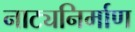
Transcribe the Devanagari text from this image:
नाट्यनिर्माण